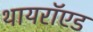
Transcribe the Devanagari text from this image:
थायरॉएड